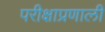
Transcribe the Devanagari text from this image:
परीक्षाप्रणाली